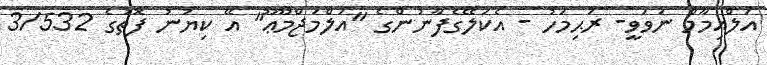
އަލްއިމާމް ނަވަވީ- ރަޙިމަހު - އެކަލޭގެފާނުންގެ "އަލްމަޖްމޫޢޫ" އޭ ކިޔުނު ފޮތުގެ 3/532